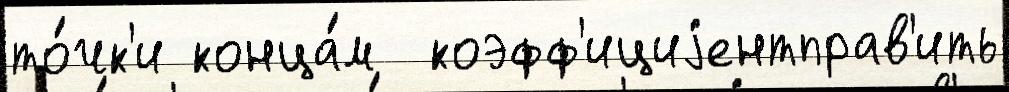
то́чк'и конца́м  коэфф'ициjентправ'ить